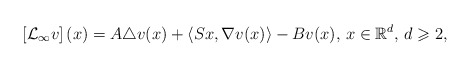
\begin{align*} \left[\mathcal{L}_{\infty} v\right](x)=A\triangle v(x) + \left\langle Sx,\nabla v(x)\right\rangle-B v(x),\,x\in\mathbb{R}^d,\,d\geqslant 2, \end{align*}